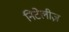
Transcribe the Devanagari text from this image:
निटेलीज़